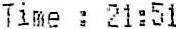
TIME : 21:51